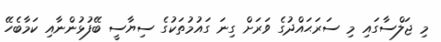
މި ޖަލްސާގައި މި ސަރަޙައްދުގެ ވަރަށް ގިނަ ގައުމުތަކުގެ ސިޔާސީ ބޭފުޅުންނާއި ކަމާބެހޭ